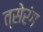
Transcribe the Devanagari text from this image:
त्सेरंग